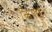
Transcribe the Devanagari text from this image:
कियाा।